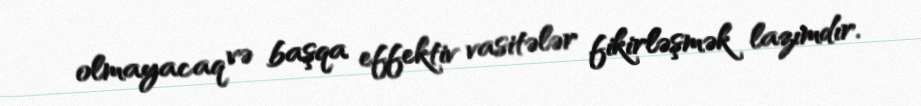
olmayacaq və başqa effektiv vasitələr fikirləşmək lazımdır.